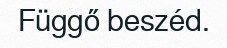
Függő beszéd.